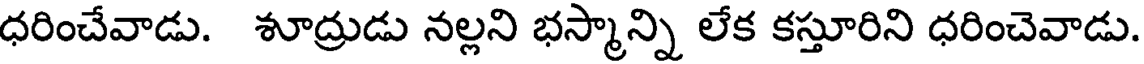
ధరించేవాడు. శూద్రుడు నల్లని భస్మాన్ని లేక కస్తూరిని ధరించెవాడు.